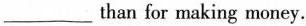
___than for making money.